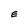
Character: E